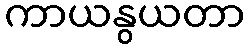
ကာယနွယတာ